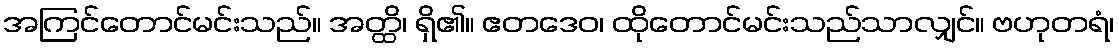
အကြင်တောင်မင်းသည်။ အတ္ထိ၊ ရှိ၏။ ဧတဒေဝ၊ ထိုတောင်မင်းသည်သာလျှင်။ ဗဟုတရံ၊